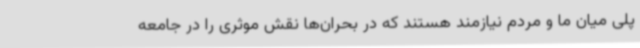
پلی میان ما و مردم نیازمند هستند که در بحران‌ها نقش موثری را در جامعه